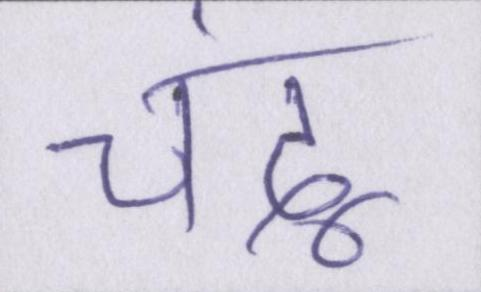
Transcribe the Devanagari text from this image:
चंदू